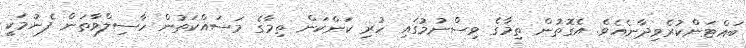
ބައްޓަންކުރެވިދާނެއެވެ. އެގޮތުން ތިމާގެ ވިސްނުމުގައި ހުރި ކަންކަން ތިމާގެ މަސައްކަތުން ހާސިލްވާތަން ފެނުމަކީ